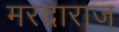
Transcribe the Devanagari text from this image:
मरदाराज